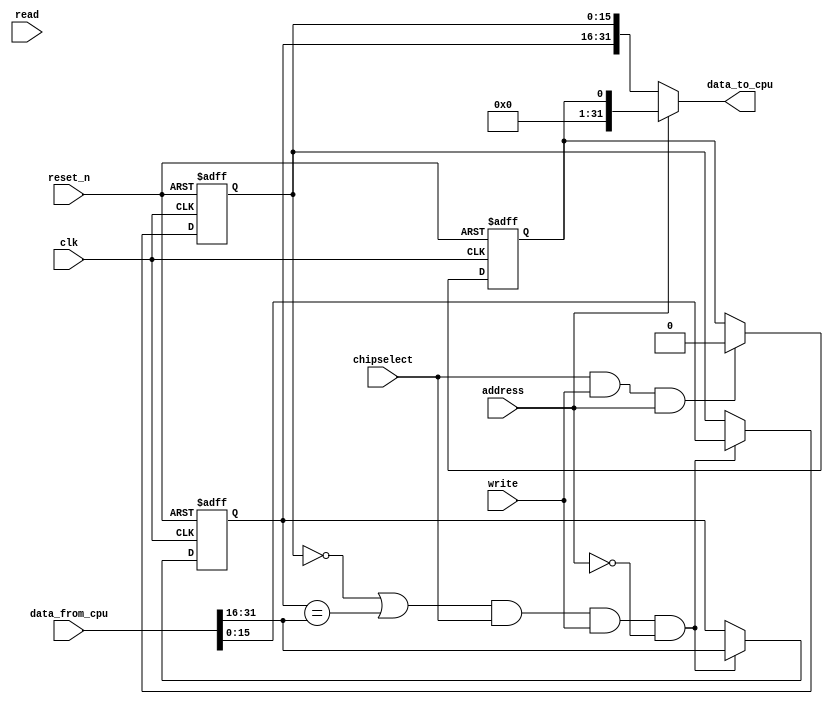
//Legal Notice: (C)2021 Altera Corporation. All rights reserved.  Your
//use of Altera Corporation's design tools, logic functions and other
//software and tools, and its AMPP partner logic functions, and any
//output files any of the foregoing (including device programming or
//simulation files), and any associated documentation or information are
//expressly subject to the terms and conditions of the Altera Program
//License Subscription Agreement or other applicable license agreement,
//including, without limitation, that your use is for the sole purpose
//of programming logic devices manufactured by Altera and sold by Altera
//or its authorized distributors.  Please refer to the applicable
//agreement for further details.

// synthesis translate_off
`timescale 1ns / 1ps
// synthesis translate_on

// turn off superfluous verilog processor warnings 
// altera message_level Level1 
// altera message_off 10034 10035 10036 10037 10230 10240 10030 

module Core2_mutex_0 (
                       // inputs:
                        address,
                        chipselect,
                        clk,
                        data_from_cpu,
                        read,
                        reset_n,
                        write,

                       // outputs:
                        data_to_cpu
                     )
;

  output  [ 31: 0] data_to_cpu;
  input            address;
  input            chipselect;
  input            clk;
  input   [ 31: 0] data_from_cpu;
  input            read;
  input            reset_n;
  input            write;

  wire    [ 31: 0] data_to_cpu;
  wire             mutex_free;
  reg     [ 15: 0] mutex_owner;
  wire             mutex_reg_enable;
  wire    [ 31: 0] mutex_state;
  reg     [ 15: 0] mutex_value;
  wire             owner_valid;
  reg              reset_reg;
  wire             reset_reg_enable;
  //s1, which is an e_avalon_slave
  //mutex_value, which is an e_register
  always @(posedge clk or negedge reset_n)
    begin
      if (reset_n == 0)
          mutex_value <= 0;
      else if (mutex_reg_enable)
          mutex_value <= data_from_cpu[15 : 0];
    end


  //mutex_owner, which is an e_register
  always @(posedge clk or negedge reset_n)
    begin
      if (reset_n == 0)
          mutex_owner <= 0;
      else if (mutex_reg_enable)
          mutex_owner <= data_from_cpu[31 : 16];
    end


  //reset_reg, which is an e_register
  always @(posedge clk or negedge reset_n)
    begin
      if (reset_n == 0)
          reset_reg <= 1'b1;
      else if (reset_reg_enable)
          reset_reg <= 1'b0;
    end


  assign mutex_free = mutex_value == 0;
  assign owner_valid = mutex_owner == data_from_cpu[31 : 16];
  assign mutex_reg_enable = (mutex_free | owner_valid) & chipselect & write & ~address;
  assign reset_reg_enable = chipselect & write & address;
  assign data_to_cpu = address ? reset_reg : mutex_state;
  assign mutex_state[15 : 0] = mutex_value;
  assign mutex_state[31 : 16] = mutex_owner;

endmodule